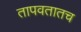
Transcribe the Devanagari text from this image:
तापवतातच